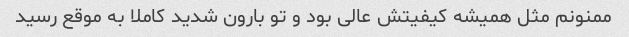
ممنونم مثل همیشه کیفیتش عالی بود و تو بارون شدید کاملا به موقع رسید